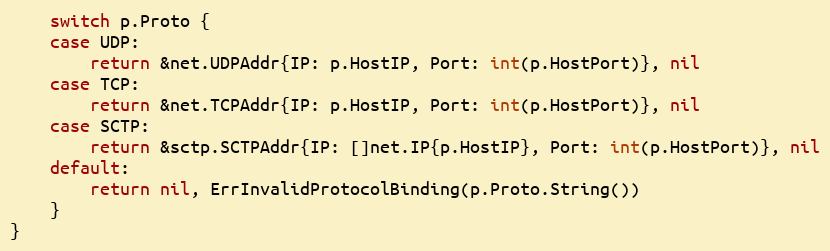
Language: Go
	switch p.Proto {
	case UDP:
		return &net.UDPAddr{IP: p.HostIP, Port: int(p.HostPort)}, nil
	case TCP:
		return &net.TCPAddr{IP: p.HostIP, Port: int(p.HostPort)}, nil
	case SCTP:
		return &sctp.SCTPAddr{IP: []net.IP{p.HostIP}, Port: int(p.HostPort)}, nil
	default:
		return nil, ErrInvalidProtocolBinding(p.Proto.String())
	}
}